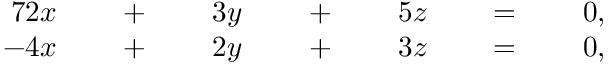
\begin{array} { r l r l r l r l r l r l r } { { 7 } 2 x } & { { } } & { \; + \; } & { { } } & { 3 y } & { { } } & { \; + \; } & { { } } & { 5 z } & { { } } & { \; = \; } & { { } } & { 0 , } \\ { - 4 x } & { { } } & { \; + \; } & { { } } & { 2 y } & { { } } & { \; + \; } & { { } } & { 3 z } & { { } } & { \; = \; } & { { } } & { 0 , } \end{array}